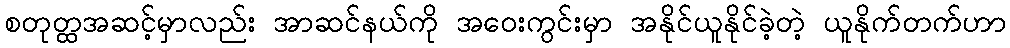
စတုတ္ထအဆင့်မှာလည်း အာဆင်နယ်ကို အဝေးကွင်းမှာ အနိုင်ယူနိုင်ခဲ့တဲ့ ယူနိုက်တက်ဟာ